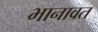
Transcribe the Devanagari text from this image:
भानावत